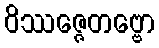
ဝိဿဇ္ဇေတဗ္ဗော